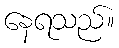
နေရသည်။